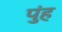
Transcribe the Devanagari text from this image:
पुंह